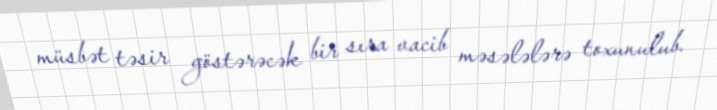
müsbət təsir göstərəcək bir sıra vacib məsələlərə toxunulub.